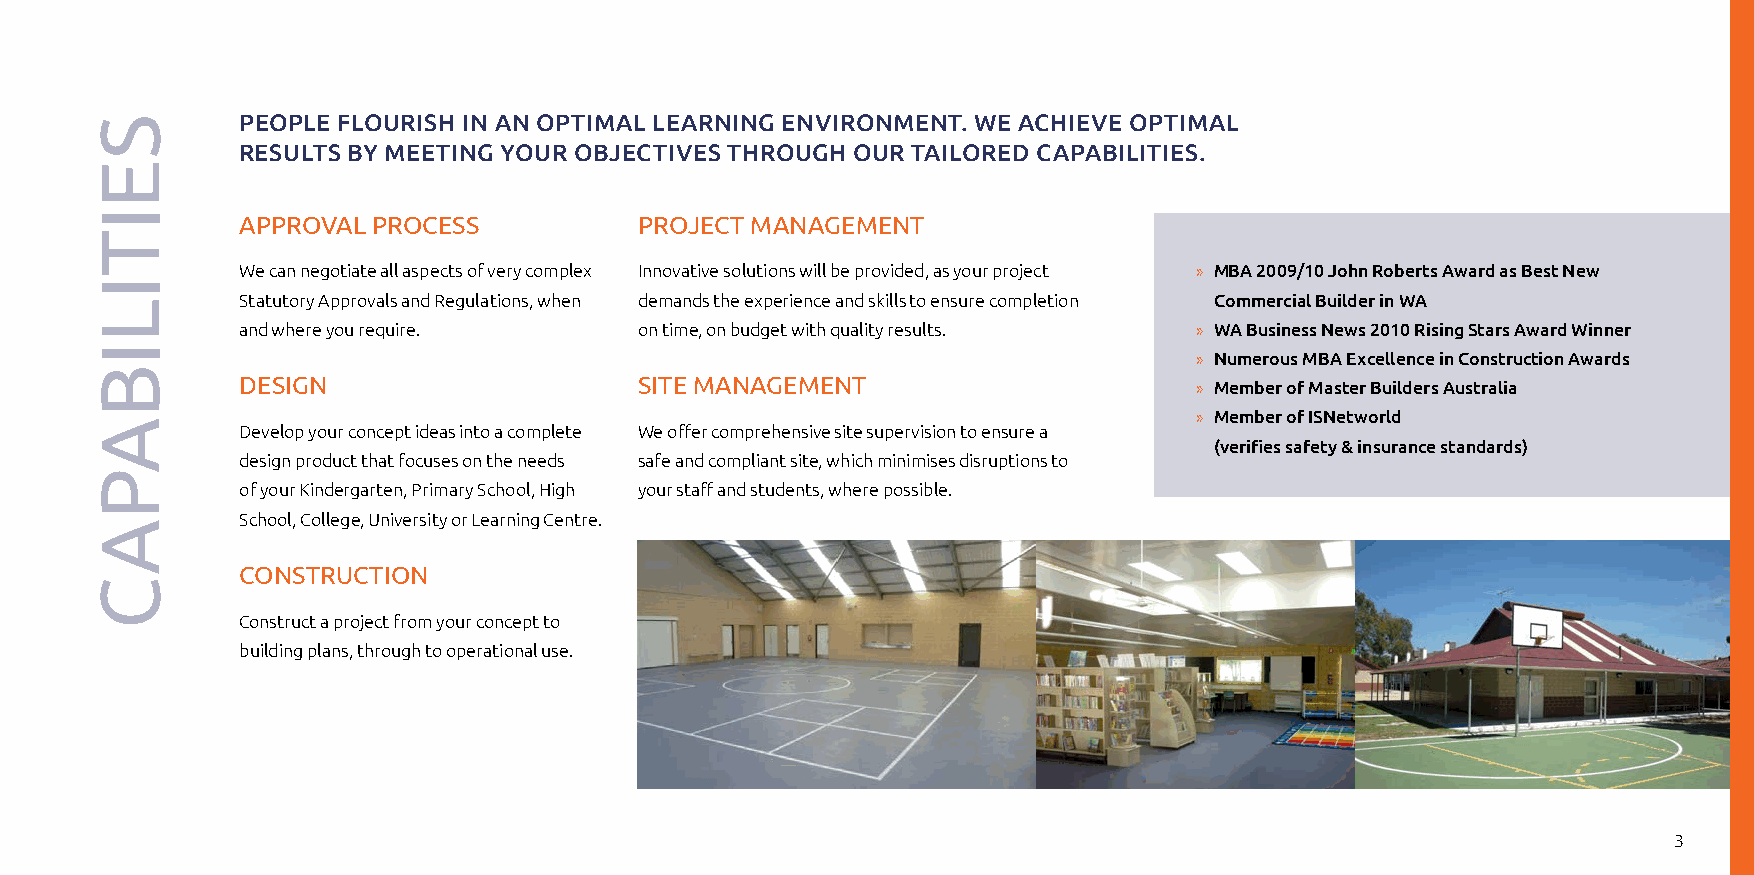
PEOPLE FLOURISH IN AN OPTIMAL LEARNING ENVIRONMENT. WE ACHIEVE OPTIMAL
 RESULTS BY MEETING YOUR OBJECTIVES THROUGH OUR TAILORED CAPABILITIES.
 aPProVaL ProCeSS          ProJeCT MaNaGeMeNT
 We can negotiate all aspects of very complex Innovative solutions will be provided, as your project » MBA 2009/10 John Roberts Award as Best New
 Statutory Approvals and Regulations, when demands the experience and skills to ensure completion Commercial Builder in WA
 and where you require.    on time, on budget with quality results. » WA Business News 2010 Rising Stars Award Winner
 » Numerous MBA Excellence in Construction Awards
 DeSIGN                    SITe MaNaGeMeNT                      » Member of Master Builders Australia
 » Member of ISNetworld
 Develop your concept ideas into a complete We offer comprehensive site supervision to ensure a
 (verifies safety & insurance standards)
 design product that focuses on the needs safe and compliant site, which minimises disruptions to
 of your Kindergarten, Primary School, High your staff and students, where possible.
 School, College, University or Learning Centre.
 CoNSTrUCTIoN
 Construct a project from your concept to
 building plans, through to operational use.
 3
 SeITILIBaPaC